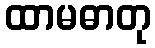
ထာမဓာတု